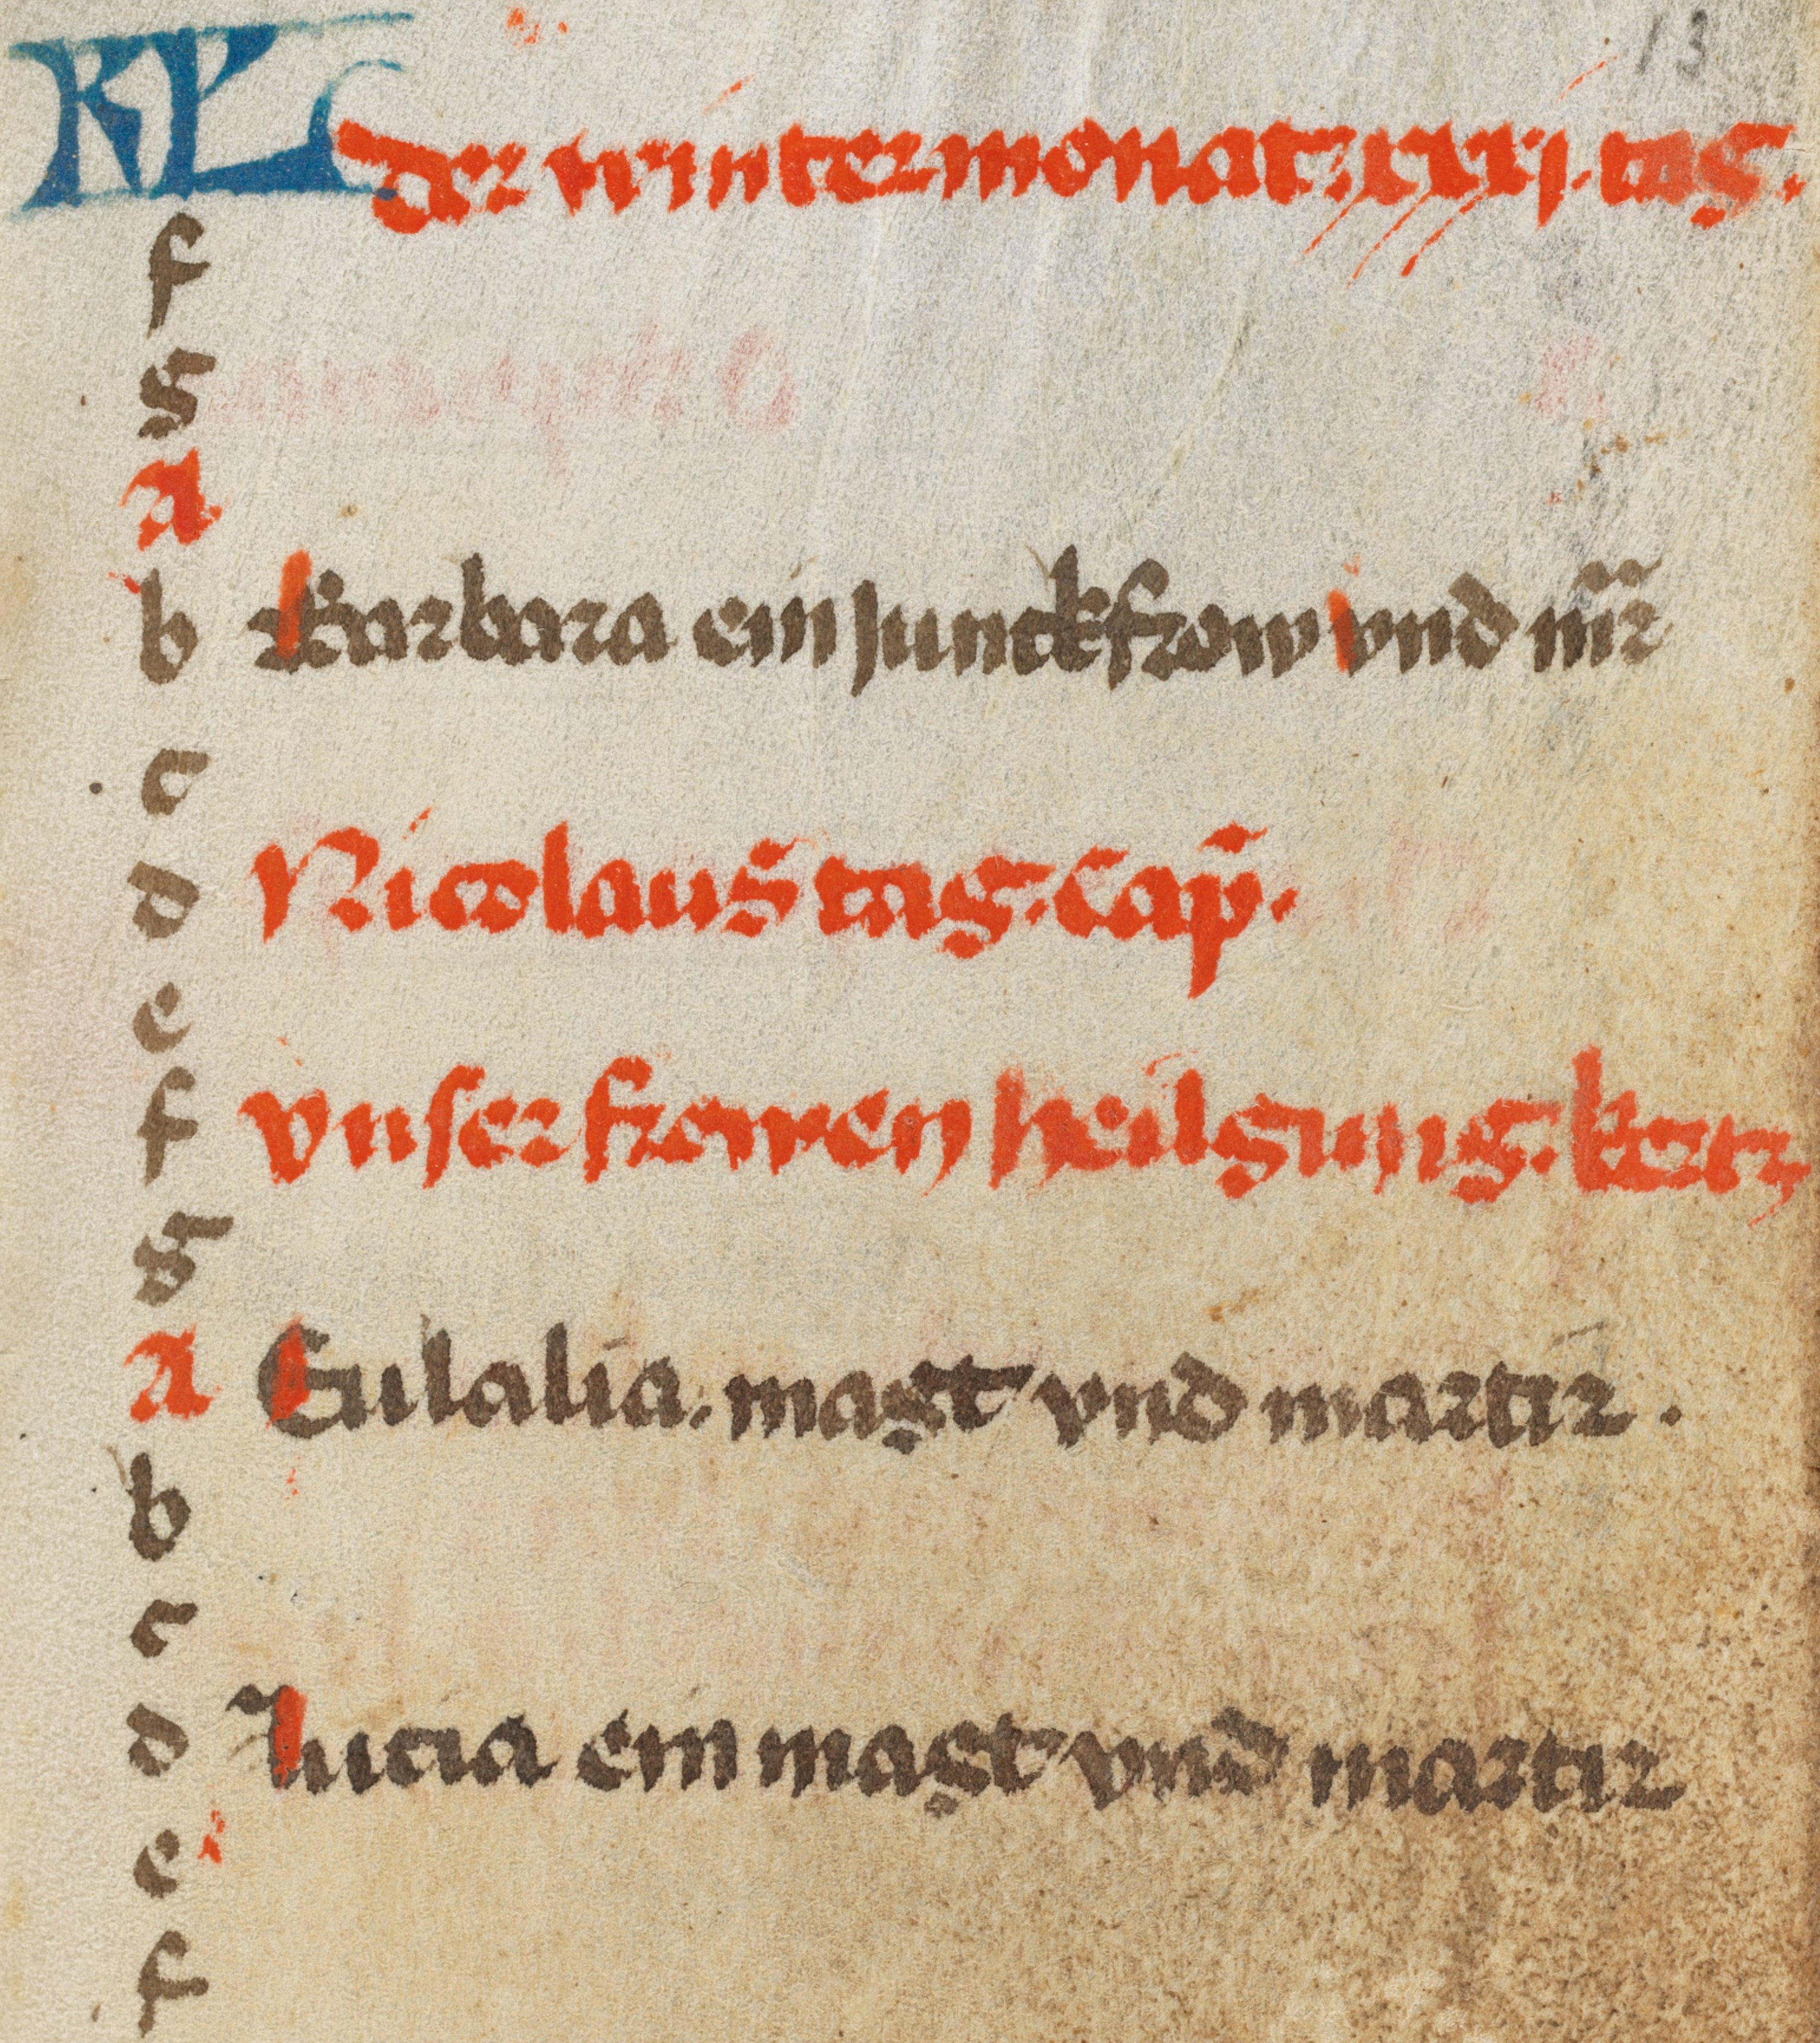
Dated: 1350–1499